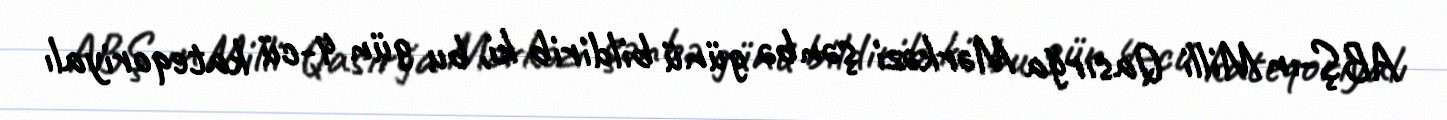
ABŞ-ın Milli Qasırğa Mərkəzi şənbə günü bildirib ki, bu gün 4-cü kateqoriyalı